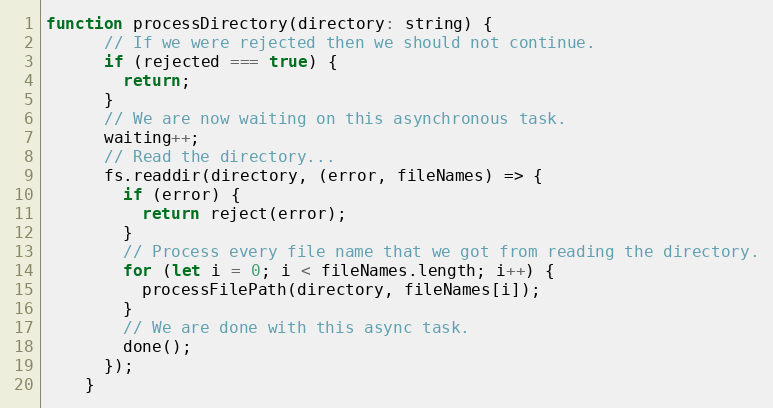
Language: JavaScript
function processDirectory(directory: string) {
      // If we were rejected then we should not continue.
      if (rejected === true) {
        return;
      }
      // We are now waiting on this asynchronous task.
      waiting++;
      // Read the directory...
      fs.readdir(directory, (error, fileNames) => {
        if (error) {
          return reject(error);
        }
        // Process every file name that we got from reading the directory.
        for (let i = 0; i < fileNames.length; i++) {
          processFilePath(directory, fileNames[i]);
        }
        // We are done with this async task.
        done();
      });
    }